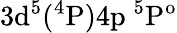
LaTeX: \mathrm{3d^{5}(^{4}P)4p\ ^{5}P^{o}}